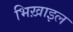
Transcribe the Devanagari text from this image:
भिख़ाइल